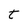
Character: t